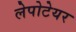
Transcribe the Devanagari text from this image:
लेपोटेयर